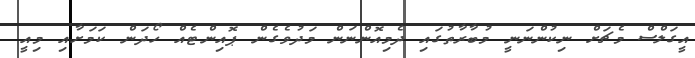
އީގަލްސް މެޗަށް ނިކުންނަނީ މުބާރާތުގައި ދެމިއޮންނަން މަދުވެގެން ޕޮއިންޓެއް ހޯދަން ކަމަށާއި މިއީ